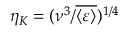
\eta _ { K } = ( \nu ^ { 3 } / \overline { { \langle \varepsilon \rangle } } ) ^ { 1 / 4 }